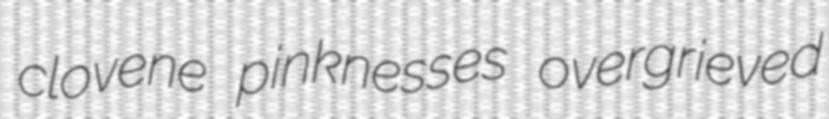
clovene pinknesses overgrieved